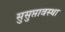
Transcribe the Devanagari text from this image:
सुसुप्तावस्था